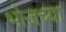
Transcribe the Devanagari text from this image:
भोजच्या